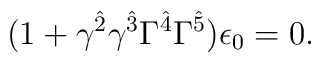
(1+\gamma^{\hat{2}}\gamma^{\hat{3}}\Gamma^{\hat{4}}\Gamma^{\hat{5}})\epsilon_0=0.